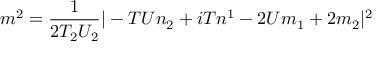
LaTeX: m ^ { 2 } = \frac { 1 } { 2 T _ { 2 } U _ { 2 } } | - T U n _ { 2 } + i T n ^ { 1 } - 2 U m _ { 1 } + 2 m _ { 2 } | ^ { 2 }